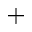
^ { + }